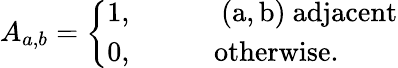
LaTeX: A_{a,b}=\left\{ \begin{array}{ll}{{1,\qquad}}&{{\mathrm{~(a,b)~adjacent}}}\\ {{0,\qquad}}&{{\mathrm{otherwise.}}}\end{array}\right.